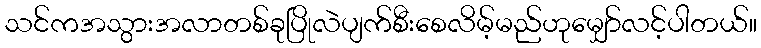
သင်ကအသွားအလာတစ်ခုပြိုလဲပျက်စီးစေလိမ့်မည်ဟုမျှော်လင့်ပါတယ်။